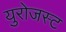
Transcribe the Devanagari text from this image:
युरोजस्ट